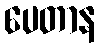
ပေတာန